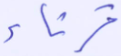
قرناء